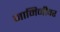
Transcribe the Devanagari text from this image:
जामिनीवर